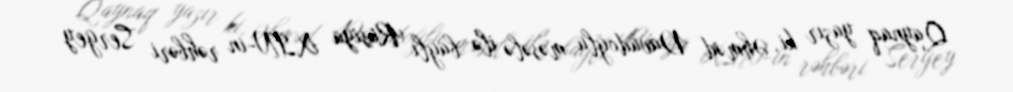
Qaynaq yazır ki, Əhməd Davudoğlu məsələ ilə bağlı Rusiya XİN-in rəhbəri Sergey